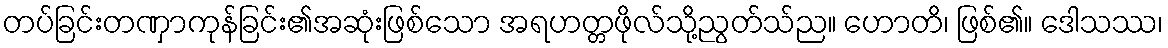
တပ်ခြင်းတဏှာကုန်ခြင်း၏အဆုံးဖြစ်သော အရဟတ္တဖိုလ်သို့ညွတ်သ်ည။ ဟောတိ၊ ဖြစ်၏။ ဒေါသဿ၊